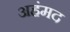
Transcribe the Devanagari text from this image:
अहंमद